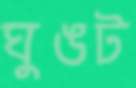
ঘুঙট